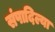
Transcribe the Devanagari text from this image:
संपादिल्या